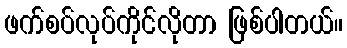
ဖက်စပ်လုပ်ကိုင်လိုတာ ဖြစ်ပါတယ်။